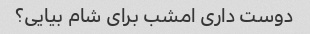
دوست داری امشب برای شام بیایی؟